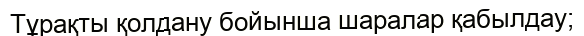
Тұрақты қолдану бойынша шаралар қабылдау;